画像に写った文字を読んでください
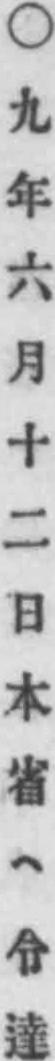
「○九年六月十二日本省ヘ令達」と書いてあります